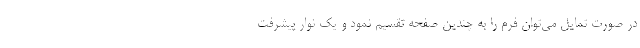
در صورت تمایل می‌توان فرم را به چندین صفحه تقسیم نمود و یک نوار پیشرفت